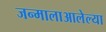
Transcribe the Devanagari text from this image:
जन्मालाआलेल्या